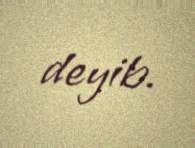
deyib.